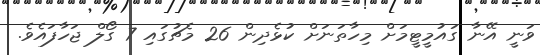
ވަނީ އޭނާ ގައުމީޓީމަށް މިހާތަނަށް ކުޅެދިން 26 މެޗުގައި 7 ގޯލް ޖަހާފައެވެ.